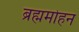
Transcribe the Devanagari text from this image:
ब्रह्ममोहन